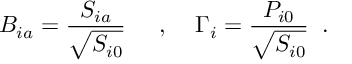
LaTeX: B _ { i a } = \frac { S _ { i a } } { \sqrt { S _ { i 0 } } } \; \; \; \; \; , \; \; \; \; \Gamma _ { i } = \frac { P _ { i 0 } } { \sqrt { S _ { i 0 } } } \; \; .